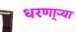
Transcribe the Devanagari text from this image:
धरणा्र्‍या